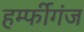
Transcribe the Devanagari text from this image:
हर्म्फीगंज